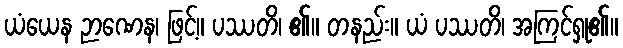
ယံယေန ဉာဏေန၊ ဖြင့်။ ပဿတိ၊ ၏။ တနည်း။ ယံ ပဿတိ၊ အကြင်ရှု၏။